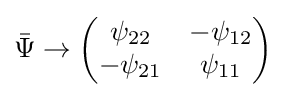
{\bar {\Psi }}\rightarrow {\begin{pmatrix}\psi _{22}&-\psi _{12}\\-\psi _{21}&\psi _{11}\end{pmatrix}}